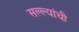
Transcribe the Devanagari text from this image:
सल्ल्यांची